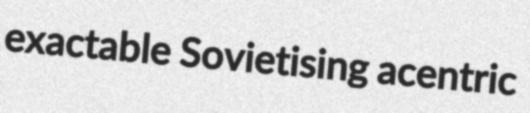
exactable Sovietising acentric